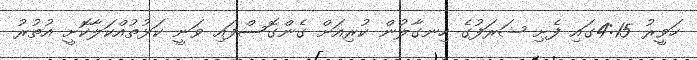
ހަވީރު 4:15ގައި ފެށި ޝަރަފުގެ ހިނގާލުން ކުރިއަށް ގެންގޮސްފައި ވަނީ ކަޅުތުއްކަލާކޮށީ އުތުރު